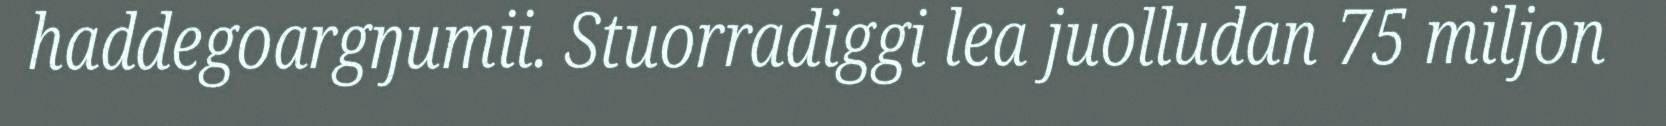
haddegoargŋumii. Stuorradiggi lea juolludan 75 miljon